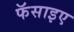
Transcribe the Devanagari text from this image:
फॅसाइए